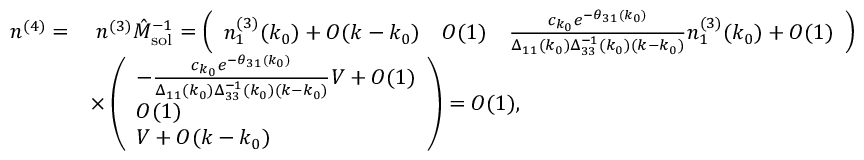
\begin{array} { r l } { n ^ { ( 4 ) } = } & { \; n ^ { ( 3 ) } \hat { M } _ { \mathrm { s o l } } ^ { - 1 } = \left( \begin{array} { l l l } { n _ { 1 } ^ { ( 3 ) } ( k _ { 0 } ) + O ( k - k _ { 0 } ) } & { O ( 1 ) } & { \frac { c _ { k _ { 0 } } e ^ { - \theta _ { 3 1 } ( k _ { 0 } ) } } { \Delta _ { 1 1 } ( k _ { 0 } ) \Delta _ { 3 3 } ^ { - 1 } ( k _ { 0 } ) ( k - k _ { 0 } ) } n _ { 1 } ^ { ( 3 ) } ( k _ { 0 } ) + O ( 1 ) } \end{array} \right) } \\ & { \times \left( \begin{array} { l } { - \frac { c _ { k _ { 0 } } e ^ { - \theta _ { 3 1 } ( k _ { 0 } ) } } { \Delta _ { 1 1 } ( k _ { 0 } ) \Delta _ { 3 3 } ^ { - 1 } ( k _ { 0 } ) ( k - k _ { 0 } ) } V + O ( 1 ) } \\ { O ( 1 ) } \\ { V + O ( k - k _ { 0 } ) } \end{array} \right) = O ( 1 ) , } \end{array}